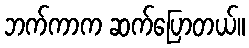
ဘက်ကာက ဆက်ပြောတယ်။